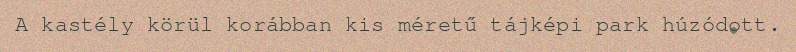
A kastély körül korábban kis méretű tájképi park húzódott.